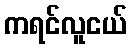
ကရင်လူငယ်